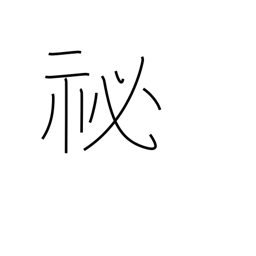
Meaning: abstruse